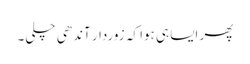
پھر ایسا ہی ہوا کہ زوردار آندھی چلی۔